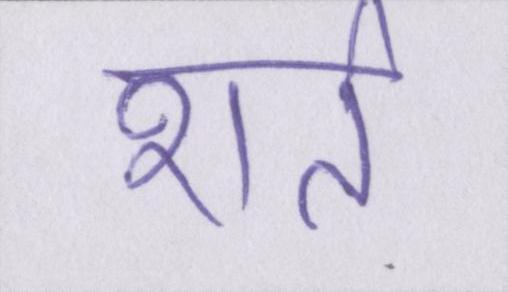
शर्त